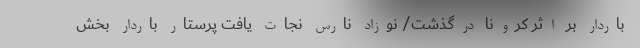
باردار بر اثر کرونا درگذشت/ نوزاد نارس نجات یافت پرستار باردار بخش